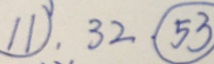
1 1 , 3 2 , \textcircled { 5 3 }